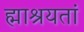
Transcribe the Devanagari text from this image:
ह्माश्रयतां